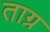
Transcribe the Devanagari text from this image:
ताग्र